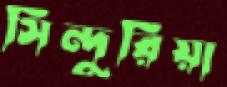
সিন্দুরিয়া